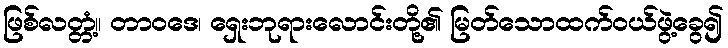
ဖြစ်လတ္တံ့။ တာဝဒေ၊ ရှေးဘုရားလောင်းတို့၏ မြတ်သောထက်ဝယ်ဖွဲ့ခွေ၍